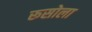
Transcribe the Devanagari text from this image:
रूसोला